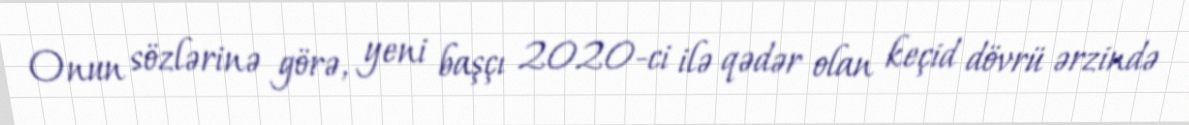
Onun sözlərinə görə, yeni başçı 2020-ci ilə qədər olan keçid dövrü ərzində